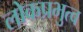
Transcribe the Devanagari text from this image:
लोकप्रभुत्व